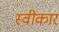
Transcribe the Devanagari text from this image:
स्वीकार